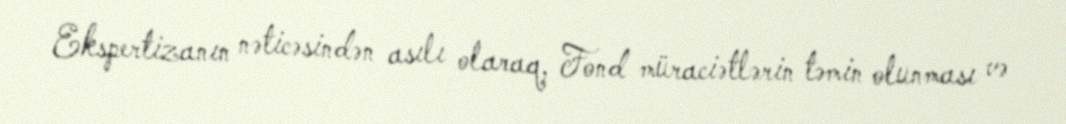
Ekspertizanın nəticəsindən asılı olaraq, Fond müraciətlərin təmin olunması və